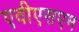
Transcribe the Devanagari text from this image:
एवीएसएम